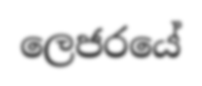
ලෙජරයේ